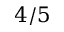
4 / 5